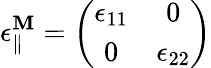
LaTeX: \epsilon_{\parallel}^{\mathbf{M}}=\left(\begin{array}{cc}{\epsilon_{11}}&{0}\\ {0}&{\epsilon_{22}}\end{array}\right)